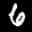
Label: 6